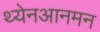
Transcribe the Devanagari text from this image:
थ्येनआनमन